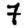
Digit: 7